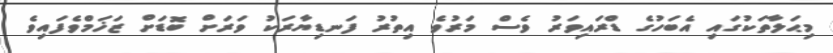
މިޙަލާތަކުގައި އެބަހުގެ ޑްރައިވަރު ވެސް މަރުވެ އިތުރު ފަނޑިޔާރަކު ވަރަށް ބޮޑަށް ޒަޚަމްވެފައިވެ